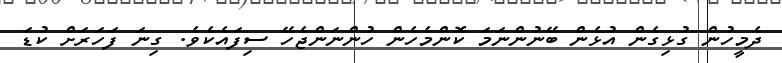
ދެމީހުން ގުޅިގެން އުޅެން ބޭނުންނަމަ ކޮންމެހެން ހުންނަންޖެހޭ ސިފައެކެވެ. ގިނަ ފަހަރަށް ކުޑަ